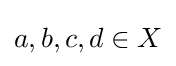
a,b,c,d\in X